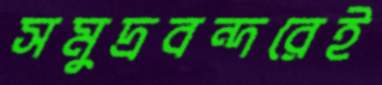
সমুদ্রবন্দরেই